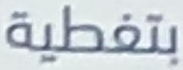
بتغطية